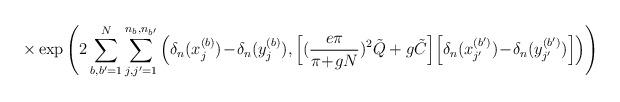
LaTeX: \begin{align*}\times \exp \left( 2 \sum_{b,b^\prime=1}^N\sum_{j,j^\prime=1}^{n_b,n_{b^\prime}}\Big( \delta_n(x_j^{(b)})\!-\!\delta_n(y_j^{(b)}),\Big[ (\frac{e \pi}{\pi\!+\!g N})^2 \tilde{Q} + g \tilde{C} \Big]\Big[ \delta_n(x_{j^\prime}^{(b^\prime)})\!-\!\delta_n(y_{j^\prime}^{(b^\prime)}) \Big] \Big) \right)\end{align*}